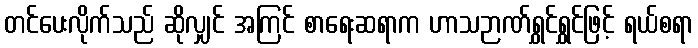
တင်ပေးလိုက်သည် ဆိုလျှင် အကြင် စာရေးဆရာက ဟာသဉာဏ်ရွှင်ရွှင်ဖြင့် ရယ်စရာ